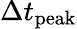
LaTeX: \Delta t_{\mathrm{peak}}